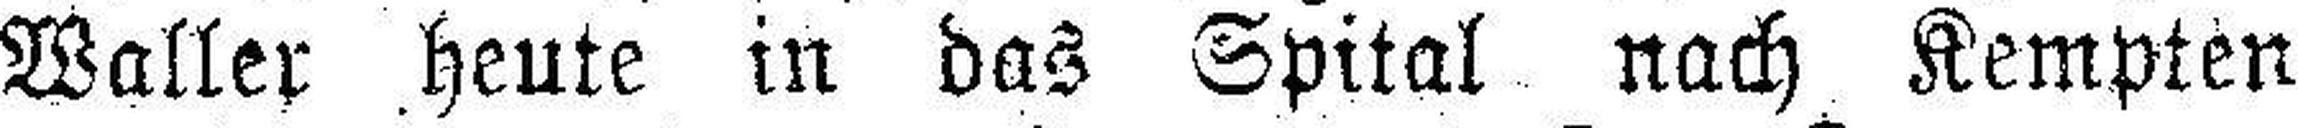
Waller heute in das Spital nach Kempten